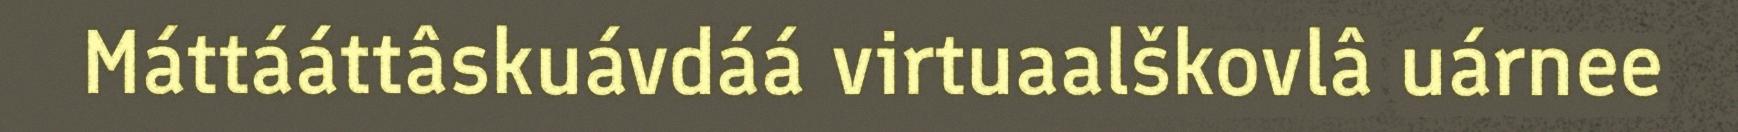
Máttááttâskuávdáá virtuaalškovlâ uárnee